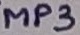
Text: MP3